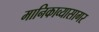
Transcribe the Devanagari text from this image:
मानिकाव्यासागर